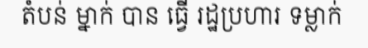
តំបន់ ម្នាក់ បាន ធ្វើ រដ្ឋប្រហារ ទម្លាក់